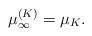
LaTeX: \begin{align*}\mu_{\infty}^{(K)}=\mu_{K}.\end{align*}